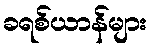
ခရစ်ယာန်များ